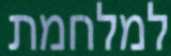
למלחמת